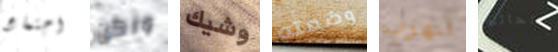
اجتماع ولكن وشيك وضعته لنهرب بالحائط